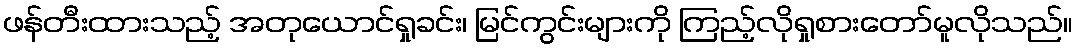
ဖန်တီးထားသည့် အတုယောင်ရှုခင်း၊ မြင်ကွင်းများကို ကြည့်လိုရှုစားတော်မူလိုသည်။